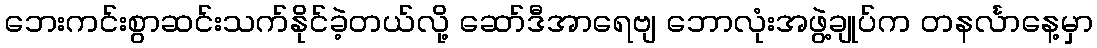
ဘေးကင်းစွာဆင်းသက်နိုင်ခဲ့တယ်လို့ ဆော်ဒီအာရေဗျ ဘောလုံးအဖွဲ့ချုပ်က တနင်္လာနေ့မှာ